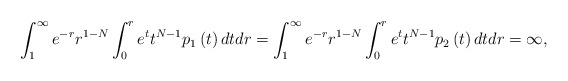
\begin{align*}\int_{1}^{\infty }e^{-r}r^{1-N}\int_{0}^{r}e^{t}t^{N-1}p_{1}\left( t\right)dtdr=\int_{1}^{\infty }e^{-r}r^{1-N}\int_{0}^{r}e^{t}t^{N-1}p_{2}\left(t\right) dtdr=\infty , \end{align*}